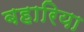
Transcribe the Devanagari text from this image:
बहारिया